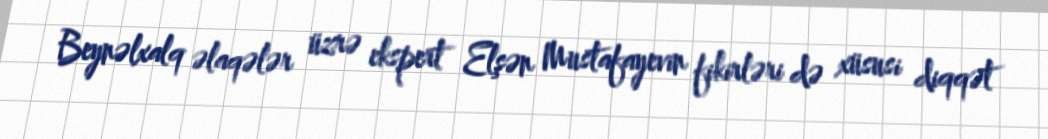
Beynəlxalq əlaqələr üzrə ekspert Elşən Mustafayevin fikirləri də xüsusi diqqət